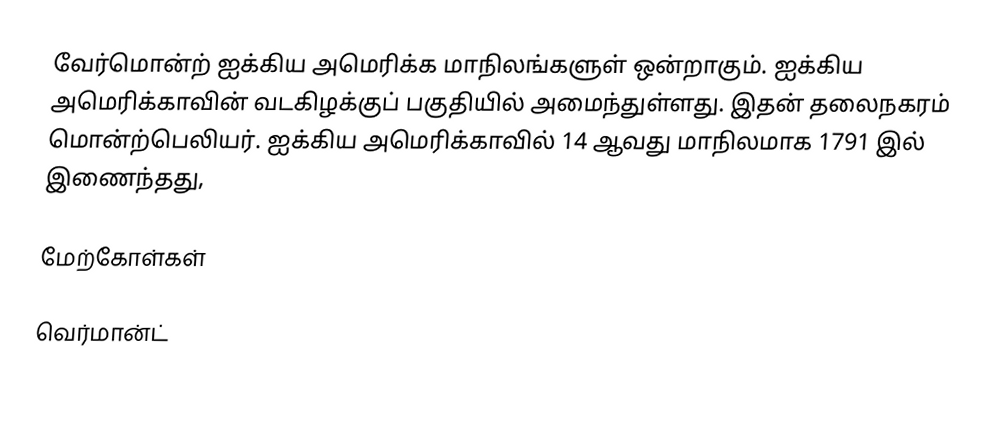
வேர்மொன்ற் ஐக்கிய அமெரிக்க மாநிலங்களுள் ஒன்றாகும். ஐக்கிய அமெரிக்காவின் வடகிழக்குப் பகுதியில் அமைந்துள்ளது. இதன் தலைநகரம் மொன்ற்பெலியர். ஐக்கிய அமெரிக்காவில் 14 ஆவது மாநிலமாக 1791 இல் இணைந்தது,

மேற்கோள்கள்

வெர்மான்ட்